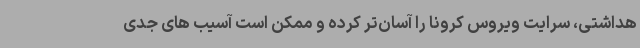
هداشتی، سرایت ویروس کرونا را آسان‌تر کرده و ممکن است آسیب های جدی